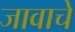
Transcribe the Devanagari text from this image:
जावाचे